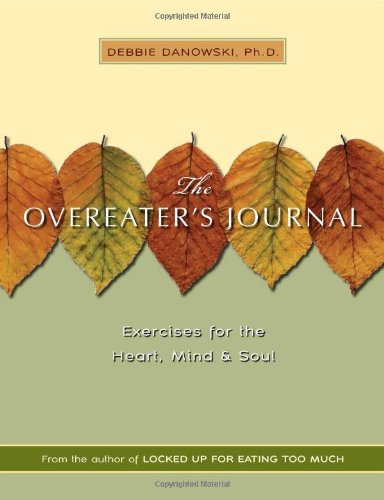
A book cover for Overeater's Journal: Exercises for the Heart, Mind and Soul; Debbie Danowski Ph.D.; Self-Help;